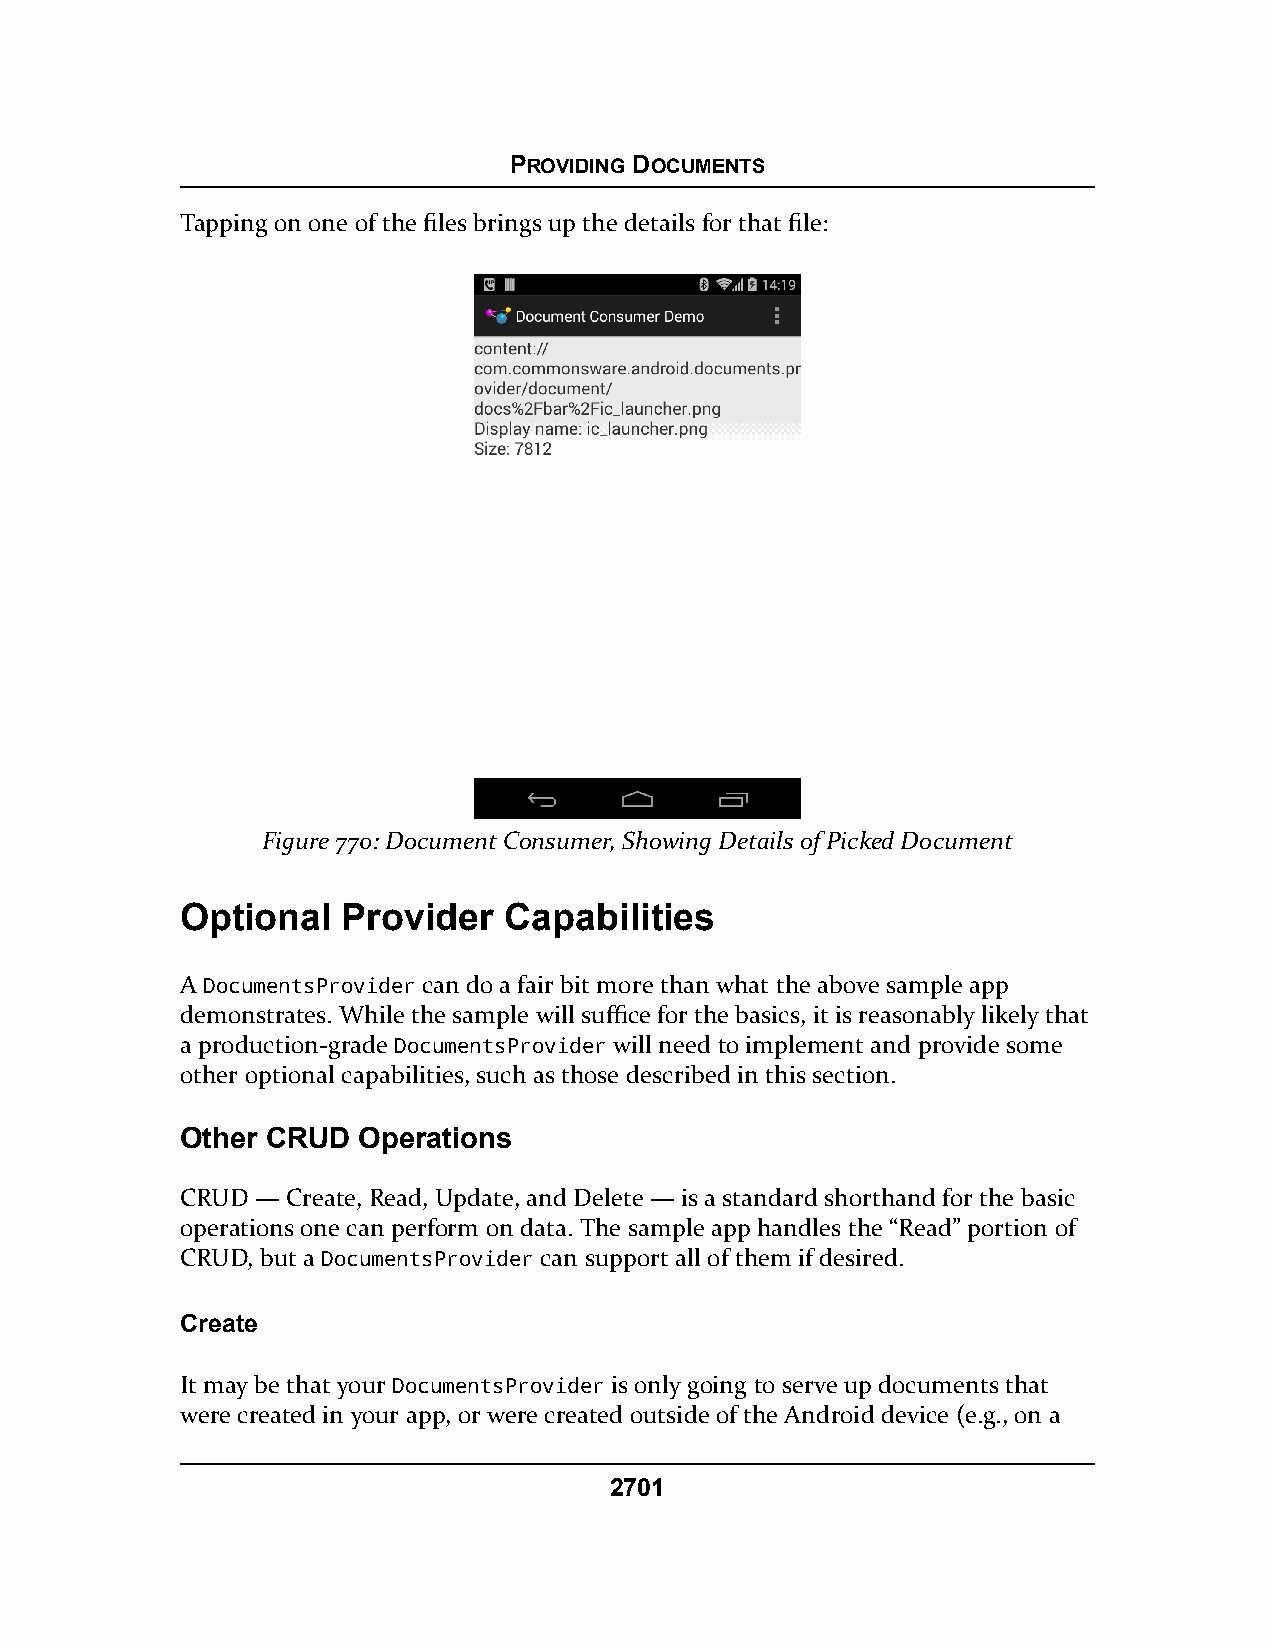
PROVIDING DOCUMENTS
 Tapping on one of the files brings up the details for that file:
 Figure 770: Document Consumer, Showing Details of Picked Document
 Optional   Provider  Capabilities
 A DocumentsProvider can do a fair bit more than what the above sample app
 demonstrates. While the sample will suffice for the basics, it is reasonably likely that
 a production-grade DocumentsProvider will need to implement and provide some
 other optional capabilities, such as those described in this section.
 Other CRUD  Operations
 CRUD — Create, Read, Update, and Delete — is a standard shorthand for the basic
 operations one can perform on data. The sample app handles the “Read” portion of
 CRUD, but a DocumentsProvider can support all of them if desired.
 Create
 It may be that your DocumentsProvider is only going to serve up documents that
 were created in your app, or were created outside of the Android device (e.g., on a
 2701